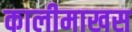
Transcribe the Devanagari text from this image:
कालीमाखस